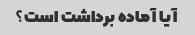
آیا آماده برداشت است؟